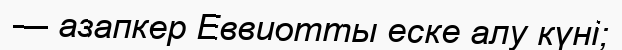
— азапкер Еввиотты еске алу күні;